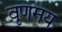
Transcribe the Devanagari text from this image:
वृणमय